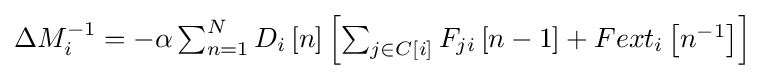
{\textstyle \Delta M_{i}^{-1}=-\alpha \sum _{n=1}^{N}D_{i}\left[n\right]\left[\sum _{j\in C\left[i\right]}^{}F_{ji}\left[n-1\right]+Fext_{i}\left[n^{-1}\right]\right]}